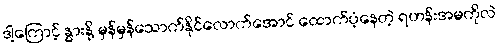
ဒါ့ကြောင့် နွားနို့ မှန်မှန်သောက်နိုင်လောက်အောင် ထောက်ပံ့နေတဲ့ ရဟန်းအမကိုလဲ